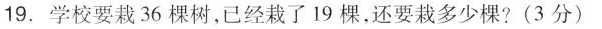
19.学校要栽36棵树，已经栽了19棵，还要栽多少棵?(3分)